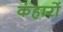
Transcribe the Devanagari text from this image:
कंहारों